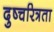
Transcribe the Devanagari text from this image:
दुष्चरित्रता